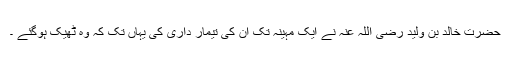
حضرت خالد بن ولید رضی اللہ عنہ نے ایک مہینہ تک ان کی تیمار داری کی یہاں تک کہ وہ ٹھیک ہوگئے ۔